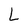
Character: L